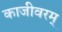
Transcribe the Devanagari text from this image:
काजीवरम्